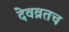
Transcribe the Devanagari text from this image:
देवव्रतच